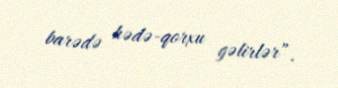
barədə hədə-qorxu gəlirlər”.